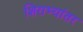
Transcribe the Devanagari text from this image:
शिराभ्यांतर